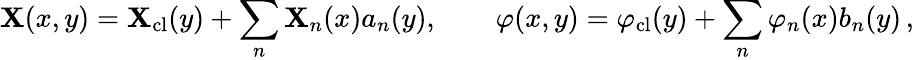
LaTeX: \mathbf{X}(x,y)=\mathbf{X}_{\mathrm{{cl}}}(y)+\sum_{n}\mathbf{X}_{n}(x)a_{n}(y),\qquad\varphi(x,y)=\varphi_{\mathrm{{cl}}}(y)+\sum_{n}\varphi_{n}(x)b_{n}(y)\, ,